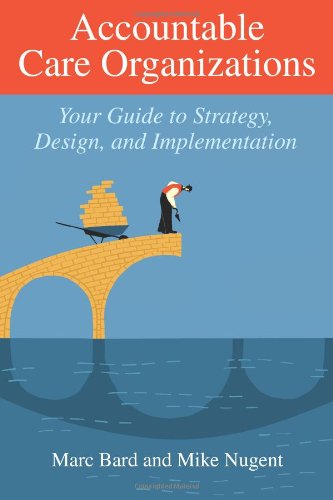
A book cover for Accountable Care Organizations: Your Guide to Strategy, Design, and Implementation (Ache Management); Marc Bard; Medical Books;